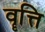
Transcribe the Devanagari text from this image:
वॄत्ति